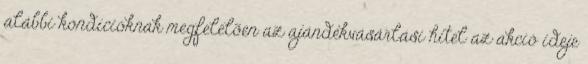
alábbi kondícióknak megfelelõen az ajándékvásárlási hitel az akció ideje